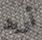
أريد